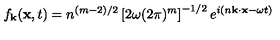
f _ { \bf k } ( { \bf x } , t ) = n ^ { ( m - 2 ) / 2 } \left[ 2 \omega ( 2 \pi ) ^ { m } \right] ^ { - 1 / 2 } e ^ { i ( n { \bf k } \cdot { \bf x } - \omega t ) }